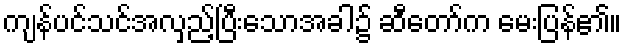
ကျန်ပင်သင်အလှည့်ပြီးသောအခါ၌ ဆီတော်က မေးပြန်၏။